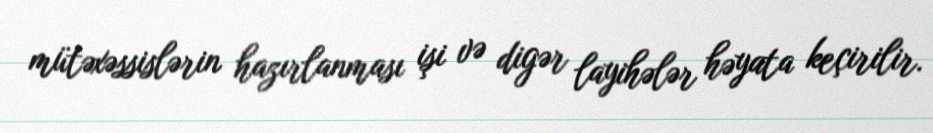
mütəxəssislərin hazırlanması işi və digər layihələr həyata keçirilir.